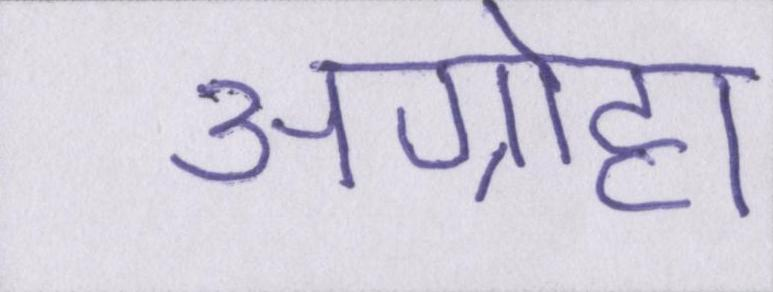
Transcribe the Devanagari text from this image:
अग्रोहा